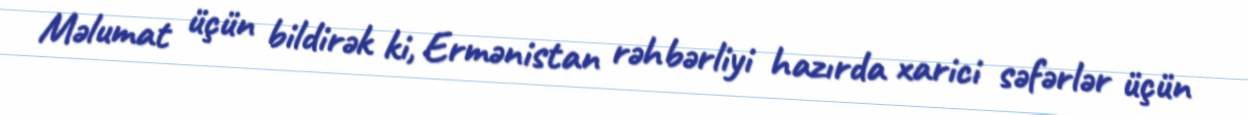
Məlumat üçün bildirək ki, Ermənistan rəhbərliyi hazırda xarici səfərlər üçün